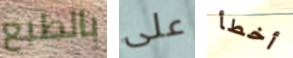
بالطبع على أخطأ